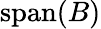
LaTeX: \operatorname{span}(B)